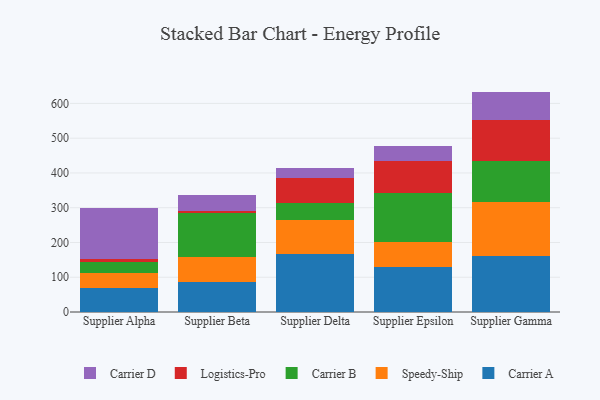
{"axis": {"x": "Supplier", "y": "Gross Profit (USD K)"}, "legend": ["Carrier A", "Carrier B", "Carrier D", "Logistics-Pro", "Speedy-Ship"], "data": [{"x": "Supplier Alpha", "y": 68.4, "type": "Carrier A"}, {"x": "Supplier Alpha", "y": 42.5, "type": "Speedy-Ship"}, {"x": "Supplier Alpha", "y": 33.2, "type": "Carrier B"}, {"x": "Supplier Alpha", "y": 7.8, "type": "Logistics-Pro"}, {"x": "Supplier Alpha", "y": 146.7, "type": "Carrier D"}, {"x": "Supplier Beta", "y": 85.4, "type": "Carrier A"}, {"x": "Supplier Beta", "y": 73.8, "type": "Speedy-Ship"}, {"x": "Supplier Beta", "y": 124.7, "type": "Carrier B"}, {"x": "Supplier Beta", "y": 7.1, "type": "Logistics-Pro"}, {"x": "Supplier Beta", "y": 44.4, "type": "Carrier D"}, {"x": "Supplier Delta", "y": 167.6, "type": "Carrier A"}, {"x": "Supplier Delta", "y": 96.8, "type": "Speedy-Ship"}, {"x": "Supplier Delta", "y": 49.2, "type": "Carrier B"}, {"x": "Supplier Delta", "y": 73.1, "type": "Logistics-Pro"}, {"x": "Supplier Delta", "y": 27.1, "type": "Carrier D"}, {"x": "Supplier Epsilon", "y": 128.2, "type": "Carrier A"}, {"x": "Supplier Epsilon", "y": 73.3, "type": "Speedy-Ship"}, {"x": "Supplier Epsilon", "y": 140.1, "type": "Carrier B"}, {"x": "Supplier Epsilon", "y": 92.1, "type": "Logistics-Pro"}, {"x": "Supplier Epsilon", "y": 44.4, "type": "Carrier D"}, {"x": "Supplier Gamma", "y": 162.4, "type": "Carrier A"}, {"x": "Supplier Gamma", "y": 153.3, "type": "Speedy-Ship"}, {"x": "Supplier Gamma", "y": 118.7, "type": "Carrier B"}, {"x": "Supplier Gamma", "y": 117.3, "type": "Logistics-Pro"}, {"x": "Supplier Gamma", "y": 82.3, "type": "Carrier D"}]}